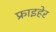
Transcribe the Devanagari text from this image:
फ्राइहेर